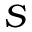
S